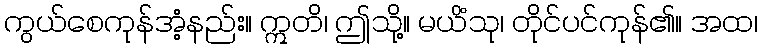
ကွယ်စေကုန်အံ့နည်း။ ဣတိ၊ ဤသို့။ မယိံသု၊ တိုင်ပင်ကုန်၏။ အထ၊